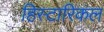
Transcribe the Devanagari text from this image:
हिस्टारिकल